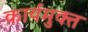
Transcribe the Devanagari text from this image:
कार्यमुक्‍त